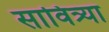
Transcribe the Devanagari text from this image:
सावित्र्या